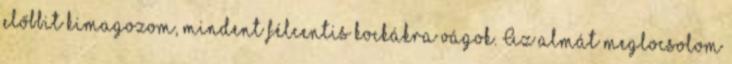
előbbit kimagozom, mindent félcentis kockákra vágok. Az almát meglocsolom